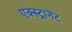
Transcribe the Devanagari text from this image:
एक्स्ट्रानेट